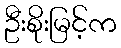
ဦးစိုးမြင့်က